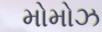
મોમોઝ